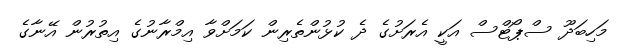
މަހިބަދޫ ސްޕޯޓްސް އަކީ އެރަށުގެ ދެ ކުޅުންތެރިން ކަމަށްވާ އިމްރާނުގެ އިތުރުން އޭނާގެ